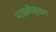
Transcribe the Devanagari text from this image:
भाडळीकुंडल